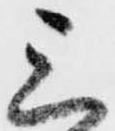
三